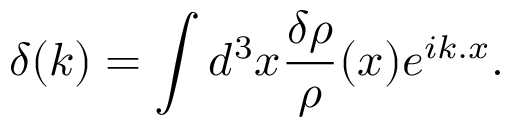
\delta ( k ) = \int d ^ { 3 } x { \frac { \delta \rho } { \rho } } ( x ) e ^ { i k . x } .